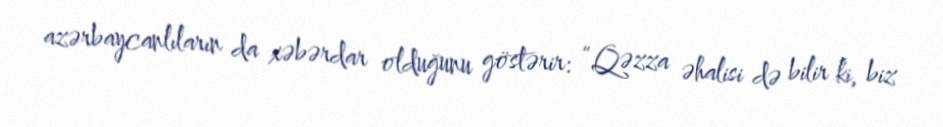
azərbaycanlıların da xəbərdar olduğunu göstərir: “Qəzza əhalisi də bilir ki, biz